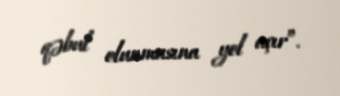
qəbul olunmasına yol açır”.